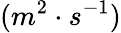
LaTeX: (m^{2}\cdot s^{-1})